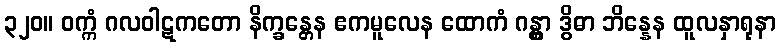
၃၂၀။ ဝက္ကံ ဂလဝါဋကတော နိက္ခန္တေန ဧကမူလေန ထောကံ ဂန္တွာ ဒွိဓာ ဘိန္နေန ထူလနှာရုနာ